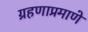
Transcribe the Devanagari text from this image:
ग्रहणाप्रमाणे